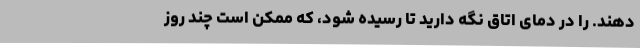
‌دهند. را در دمای اتاق نگه دارید تا رسیده شود، که ممکن است چند روز